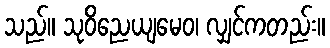
သည်။ သုဝိညေယျမေဝ၊ လျှင်ကတည်း။